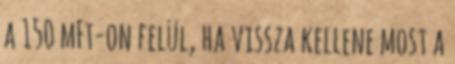
a 150 mFt-on felül, ha vissza kellene most a